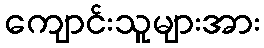
ကျောင်းသူများအား